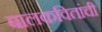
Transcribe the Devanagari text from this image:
बालकवितांची